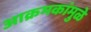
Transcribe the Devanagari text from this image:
आक्रमकांमुळे